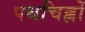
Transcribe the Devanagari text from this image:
पथचिह्नों